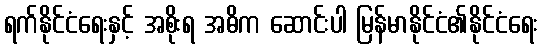
ရက်နိုင်ငံရေးနှင့် အစိုးရ အဓိက ဆောင်းပါ မြန်မာနိုင်ငံ၏နိုင်ငံရေး